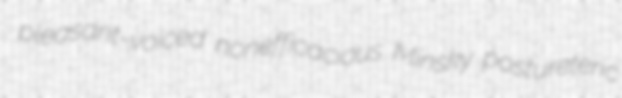
pleasant-voiced nonefficacious Minsky postureteric